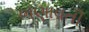
ભણાવતી